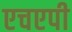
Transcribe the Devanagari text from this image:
एचएपी